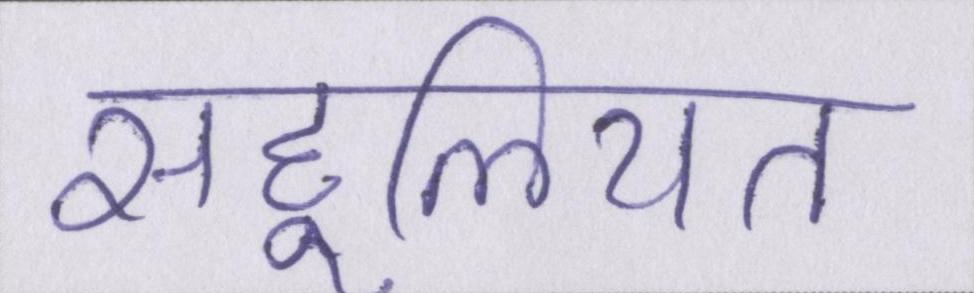
सहूलियत